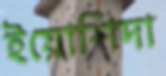
ইয়োশিদা